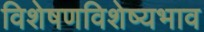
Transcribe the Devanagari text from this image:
विशेषणविशेष्यभाव